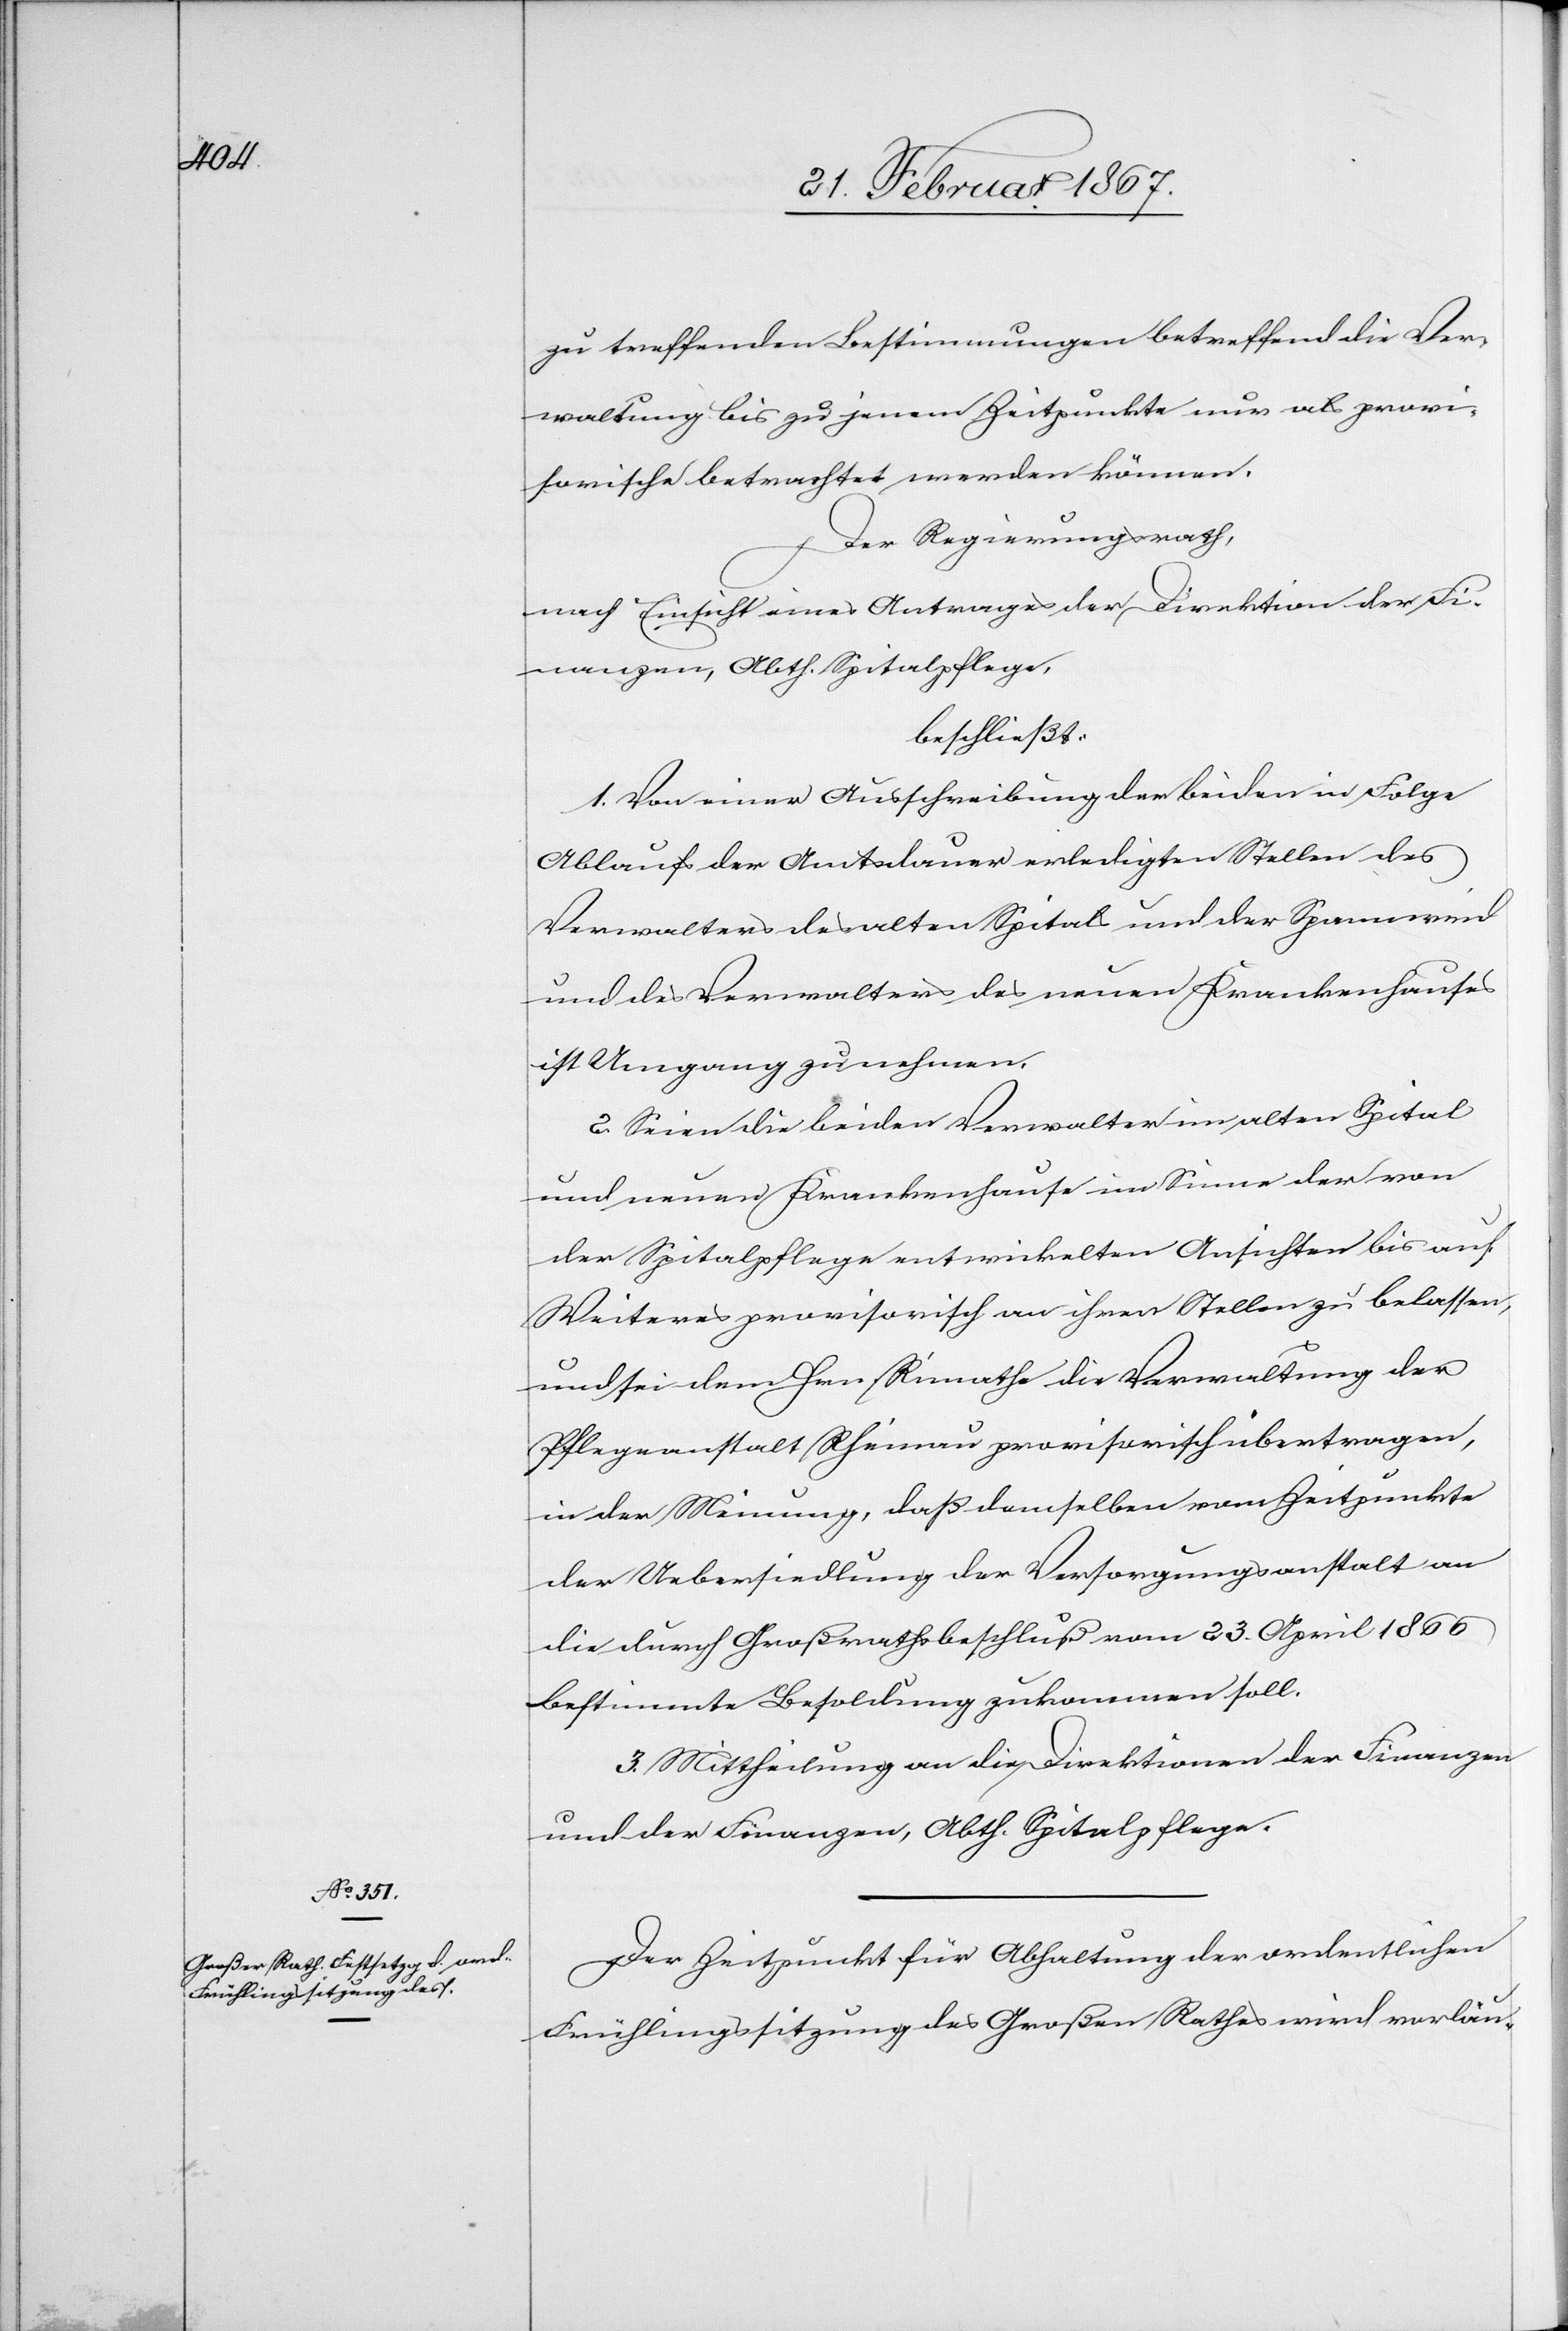
zu treffenden Bestimmungen betreffend die Ver¬
waltung bis zu jenem Zeitpunkt nur als provi¬
sorische betrachtet werden können.
Der Regierungsrath,
nach Einsicht eines Antrages der Direktion der Fi¬
nanzen, Abth. Spitalpflege,
beschließt:
1. Von einer Ausschreibung der beiden in Folge
Ablaufs der Amtsdauer erledigten Stellen des
Verwalters des alten Spitals und der Spannweid
und des Verwalters des neuen Krankenhauses
ist Umgang zu nehmen.
2. Seien die beiden Verwalter im alten Spital
und neuen Krankenhause im Sinne der von
der Spitalpflege entwickelten Ansichten bis auf
Weiteres provisorisch an ihren Stellen zu belassen,
und sei dem Hrn. Rimathe die Verwaltung der
Pflegeanstalt Rheinau provisorisch übertragen,
in der Meinung, daß demselben vom Zeitpunkte
der Uebersiedlung der Versorgungsanstalt an
die durch Großrathsbeschluß vom 23. April 1866
bestimmte Besoldung zukommen soll.
3. Mittheilung an die Direktion der Finanzen
und der Finanzen, Abth. Spitalpflege.
Der Zeitpunkt für Abhaltung der ordentlichen
Frühlingssitzung des Großen Rathes wird vorläu-